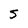
Character: S